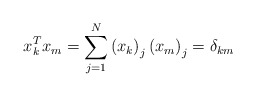
\begin{align*}x_{k}^{T}x_{m}=\sum_{j=1}^{N}\left( x_{k}\right) _{j}\left( x_{m}\right)_{j}=\delta_{km} \end{align*}